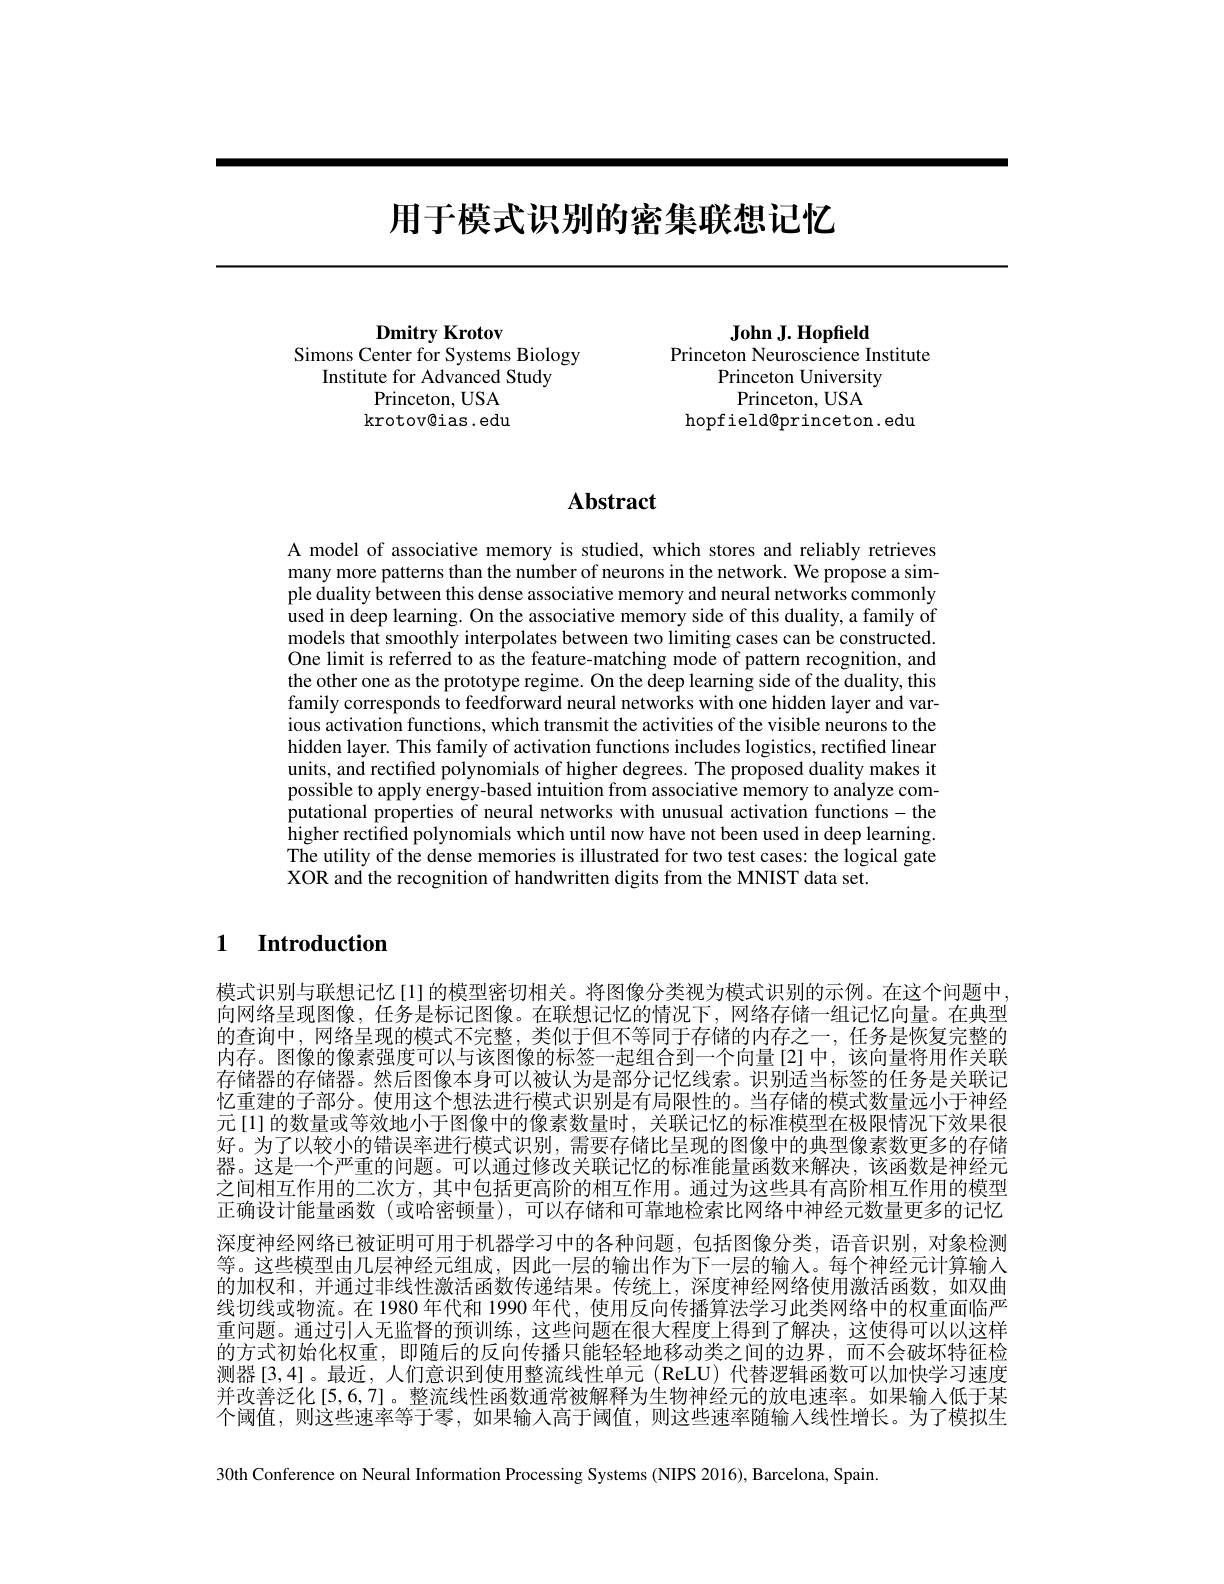
# 用于模式识别的密集联想记忆

Dmitry Krotov
Simons Center for Systems Biology
Institute for Advanced Study
Princeton, USA krotov@ias.edu

John J. Hopfield
Princeton Neuroscience Institute
Princeton University
Princeton, USA
hopfield@princeton.edu

# Abstract

A model of associative memory is studied, which stores and reliably retrieves many more patterns than the number of neurons in the network. We propose a simple duality between this dense associative memory and neural networks commonly used in deep learning. On the associative memory side of this duality, a family of models that smoothly interpolates between two limiting cases can be constructed. One limit is referred to as the feature-matching mode of pattern recognition, and the other one as the prototype regime. On the deep learning side of the duality, this family corresponds to feedforward neural networks with one hidden layer and various activation functions, which transmit the activities of the visible neurons to the hidden layer. This family of activation functions includes logistics, rectified linear units, and rectified polynomials of higher degrees. The proposed duality makes it possible to apply energy-based intuition from associative memory to analyze computational properties of neural networks with unusual activation functions-the higher rectified polynomials which until now have not been used in deep learning. The utility of the dense memories is illustrated for two test cases: the logical gate XOR and the recognition of handwritten digits from the MNIST data set.

### $\textbf{1}$ $\textbf{Introduction}$

模式识别与联想记忆[1]的模型密切相关。将图像分类视为模式识别的示例。在这个问题中， 向网络呈现图像，任务是标记图像。在联想记忆的情况下，网络存储一组记忆向量。在典型的查询中，网络呈现的模式不完整，类似于但不等同于存储的内存之一，任务是恢复完整的内存。图像的像素强度可以与该图像的标签一起组合到一个向量[2]中，该向量将用作关联存储器的存储器。然后图像本身可以被认为是部分记忆线索。识别适当标签的任务是关联记忆重建的子部分。使用这个想法进行模式识别是有局限性的。当存储的模式数量远小于神经元[1] 的数量或等效地小于图像中的像素数量时，关联记忆的标准模型在极限情况下效果很好。为了以较小的错误率进行模式识别，需要存储比呈现的图像中的典型像素数更多的存储器。这是一个严重的问题。可以通过修改关联记忆的标准能量函数来解决，该函数是神经元之间相互作用的二次方，其中包括更高阶的相互作用。通过为这些具有高阶相互作用的模型正确设计能量函数(或哈密顿量),可以存储和可靠地检索比网络中神经元数量更多的记忆深度神经网络已被证明可用于机器学习中的各种问题，包括图像分类，语音识别，对象检测等。这些模型由几层神经元组成，因此一层的输出作为下一层的输入。每个神经元计算输人的加权和，并通过非线性激活函数传递结果。传统上，深度神经网络使用激活函数，如双曲线切线或物流。在 1980 年代和 1990 年代，使用反向传播算法学习此类网络中的权重面临严重问题。通过引人无监督的预训练，这些问题在很大程度上得到了解决，这使得可以以这样的方式初始化权重，即随后的反向传播只能轻轻地移动类之间的边界，而不会破坏特征检测器[3,4]。最近，人们意识到使用整流线性单元(ReLU)代替逻辑函数可以加快学习速度并改善泛化[5,6,7]。整流线性函数通常被解释为生物神经元的放电速率。如果输入低于某个阈值，则这些速率等于零，如果输入高于阈值，则这些速率随输人线性增长。为了模拟生

30th Conference on Neural Information Processing Systems (NIPS 2016), Barcelona, Spain